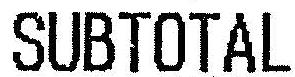
SUBTOTAL